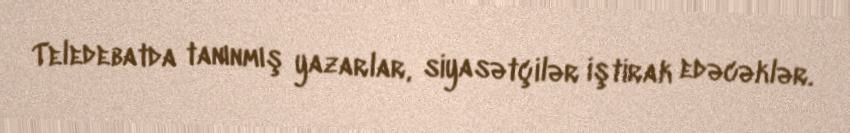
Teledebatda tanınmış yazarlar, siyasətçilər iştirak edəcəklər.